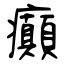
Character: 癲